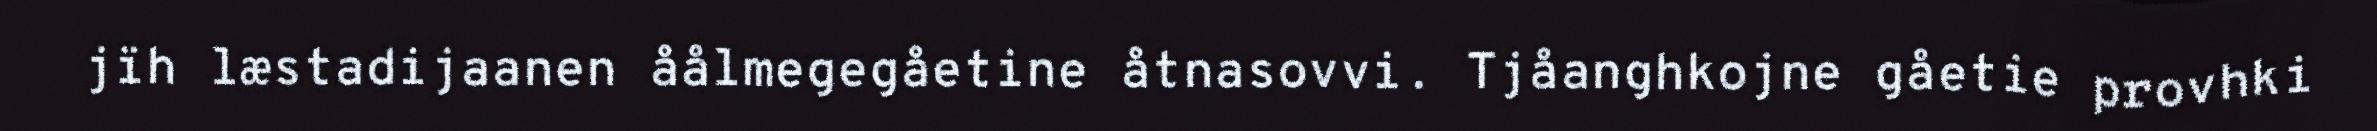
jïh læstadijaanen åålmegegåetine åtnasovvi. Tjåanghkojne gåetie provhki